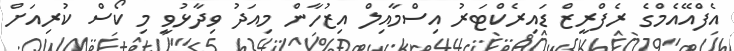
އެފްއޭއެމްގެ ރެފްރީޒް ޑައިރެކްޓަރު އިސްމާއިލް އިޒުހާން މިއަދު ވިދާޅުވީ މި ކޯސް ކުރިއަށް